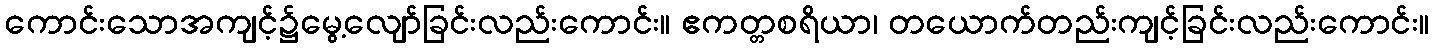
ကောင်းသောအကျင့်၌မွေ့လျော်ခြင်းလည်းကောင်း။ ဧကတ္တစရိယာ၊ တယောက်တည်းကျင့်ခြင်းလည်းကောင်း။